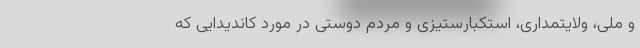
و ملی، ولایتمداری، استکبارستیزی و مردم دوستی در مورد کاندیدایی که